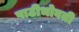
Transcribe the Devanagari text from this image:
पाठीभोवती